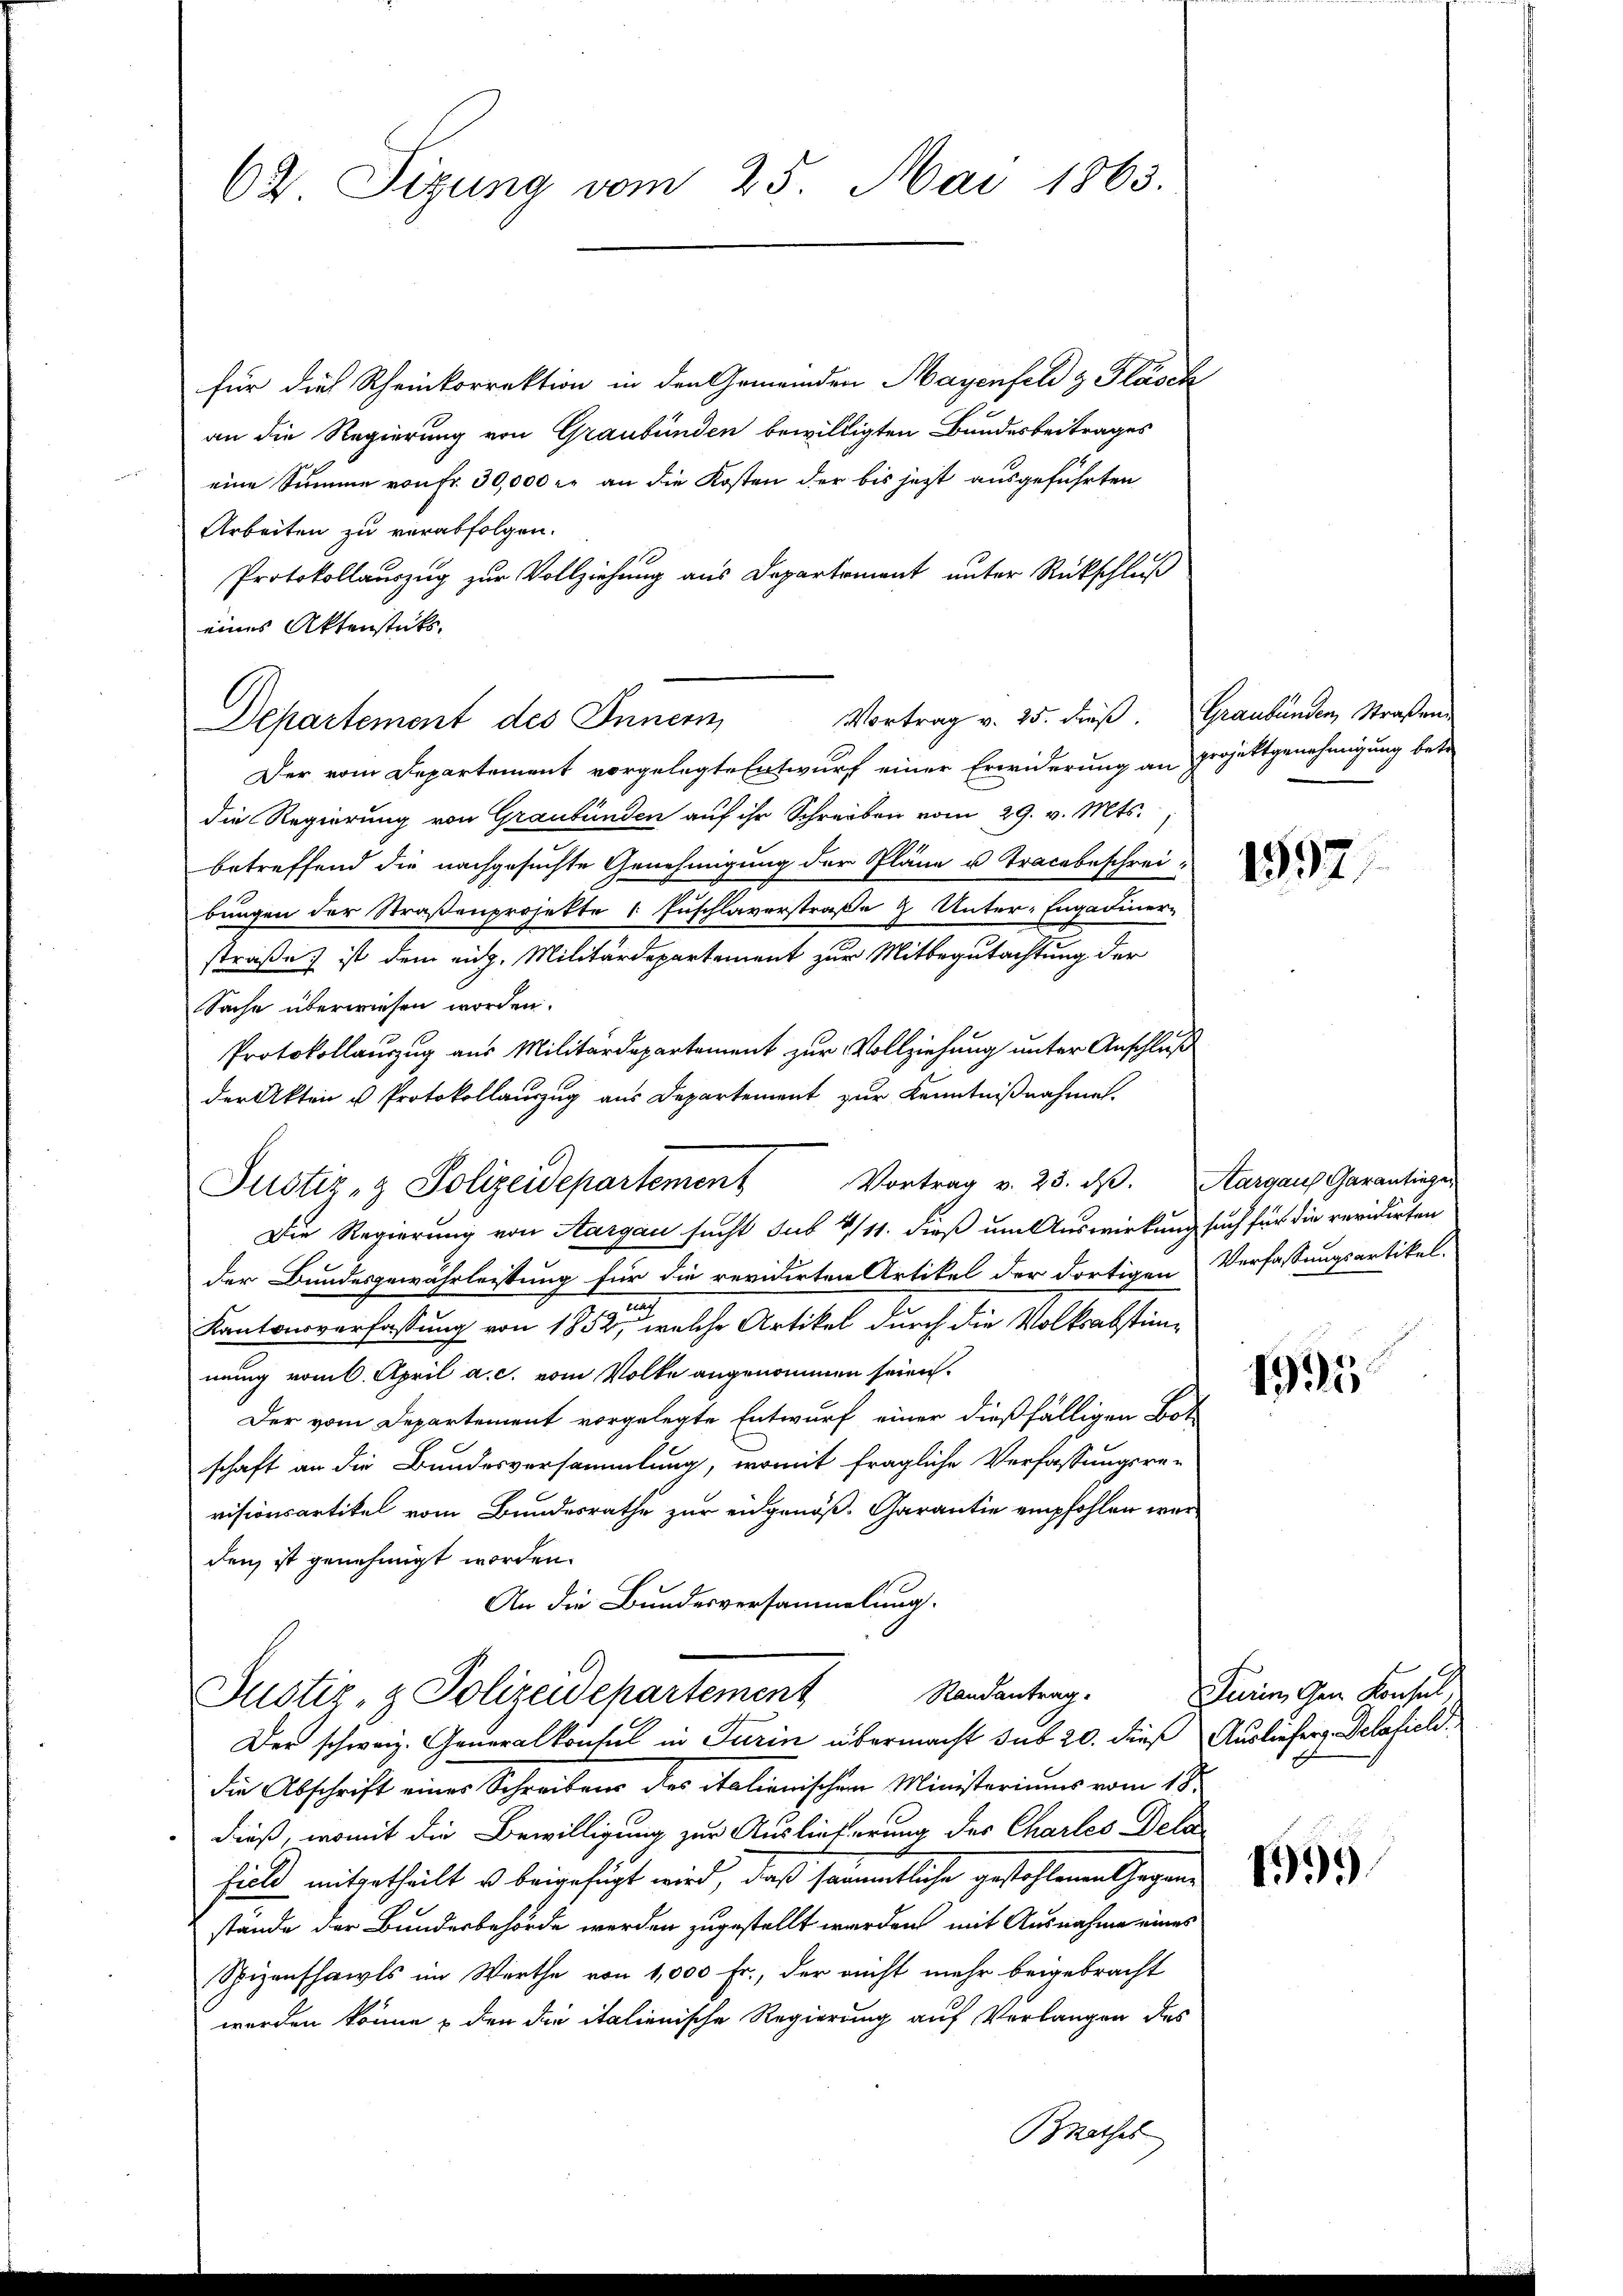
62 Sizung vom 25. Mai 1863.

für dies Rheinkorrektion in den Gemeinden Mayenfeld z Flasch
an die Regierung von Graubünden bewilligten Bundesbeitrages
eine Summe von Fr. 30,000 r. an die Kosten der bis jezt ausgeführten
Arbeiten zu verabfolgen.
Protokollauszug zur Vollziehung aus Departement unter Rückschluß
eines Aktenstücks.
DDepartement des Innern,
Der vom Departement vorgelegte Entwurf einer Erwiderung an Projektgenehmigung betr
die Regierung von Graubünden auf ihr Schreiben vom 29. v. Mts.
betreffend die nachgesuchte Genehmigung der Pläne u Tracebeschrei-
bungen der Straßenprojekte 1 Fuschlaverstraße 9. Unter-Engadiner-
straße ist dem eidg. Militärdepartement zur Mitbegutachtung der
Sache überwiesen worden.
Protokollauszug aus Militärdepartement zur Vollziehung unter Anschluß
der Akten u Protokollauszug aus Departement zur Kenntnißnahme.
Die Regierung von Aargau sucht sub 4/11. dieß um Auswirkung such für die revidirten
der Bundesgewährleistung für die revidirten Artikel der dortigen Verfassungsartikel-
mm
Kantonsverfassung von 1852, welche Artikel durch die Volksabstimnung vom 6. April a. c. vom Volke angenommen seien.
Der vom Departement vorgelegte Entwurf einer dießfälligen Bot
schaft an die Bundesversammlung, womit fragliche Verfassungsre-
visionsartikel vom Bundesrathe zur eidgenöß- Carantie empfohlen werden, ist genehmigt worden.
An die Bundesversammlung.
Randantrag.
Justiz- & Polizeidepartement
Der schweiz. Generalkonsul in Turin übermacht sub 20. dieß Auslieferg. Delafiel.
die Abschrift einer Schreibens des italienischen Ministeriums vom 18.
dieß, womit die Bewilligung zur Auslieferung des Charles Dela
field mitgetheilt u beigefügt wird, daß sämmtliche gestohlenen Gegenstände der Bundesbehörde werden zugestellt werden mit Ausnahme eines
Spizenschawls im Werthe von 1,000 Fr., der nicht mehr beigebracht
werden könne, den die italienische Regierung auf Verlangen des
BRathes

Justiz- & Polizeidepartement Vortrag v. 25. ds. Aargaus Garantinger

Vortrag v. 25. dieß. Graubünden, Straßen-

1597.

1995

Turin den Konsul,

1599